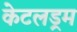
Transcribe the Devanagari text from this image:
केटलड्रम